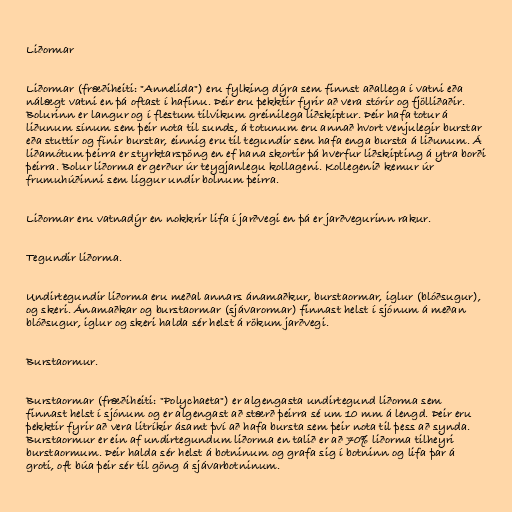
Liðormar

Liðormar (fræðiheiti: "Annelida") eru fylking dýra sem finnst aðallega í vatni eða
nálægt vatni en þá oftast í hafinu. Þeir eru þekktir fyrir að vera stórir og fjölliðaðir.
Bolurinn er langur og í flestum tilvikum greinilega liðskiptur. Þeir hafa totur á
liðunum sínum sem þeir nota til sunds, á totunum eru annað hvort venjulegir burstar
eða stuttir og fínir burstar, einnig eru til tegundir sem hafa enga bursta á liðunum. Á
liðamótum þeirra er styrktarspöng en ef hana skortir þá hverfur liðskipting á ytra borði
þeirra. Bolur liðorma er gerður úr teygjanlegu kollageni. Kollegenið kemur úr
frumuhúðinni sem liggur undir bolnum þeirra.

Liðormar eru vatnadýr en nokkrir lifa í jarðvegi en þá er jarðvegurinn rakur.

Tegundir liðorma.

Undirtegundir liðorma eru meðal annars ánamaðkur, burstaormar, iglur (blóðsugur),
og skeri. Ánamaðkar og burstaormar (sjávarormar) finnast helst í sjónum á meðan
blóðsugur, iglur og skeri halda sér helst á rökum jarðvegi.

Burstaormur.

Burstaormar (fræðiheiti: "Polychaeta") er algengasta undirtegund liðorma sem
finnast helst í sjónum og er algengast að stærð þeirra sé um 10 mm á lengd. Þeir eru
þekktir fyrir að vera litríkir ásamt því að hafa bursta sem þeir nota til þess að synda.
Burstaormur er ein af undirtegundum liðorma en talið er að 70% liðorma tilheyri
burstaormum. Þeir halda sér helst á botninum og grafa sig í botninn og lifa þar á
groti, oft búa þeir sér til göng á sjávarbotninum.